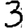
Digit: 3